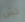
دش